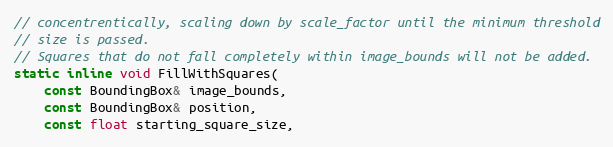
Language: C
// concentrentically, scaling down by scale_factor until the minimum threshold
// size is passed.
// Squares that do not fall completely within image_bounds will not be added.
static inline void FillWithSquares(
    const BoundingBox& image_bounds,
    const BoundingBox& position,
    const float starting_square_size,